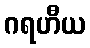
ဂရဟီယ